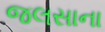
જલસાના